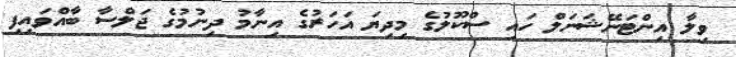
ވިލާ އިންޓަނޭޝަނަލް ހައި ސްކޫލުގެ މިދިޔަ އަހަރުގެ އިނާމު ދިނުމުގެ ޖަލްސާ ބާއްވައިފި